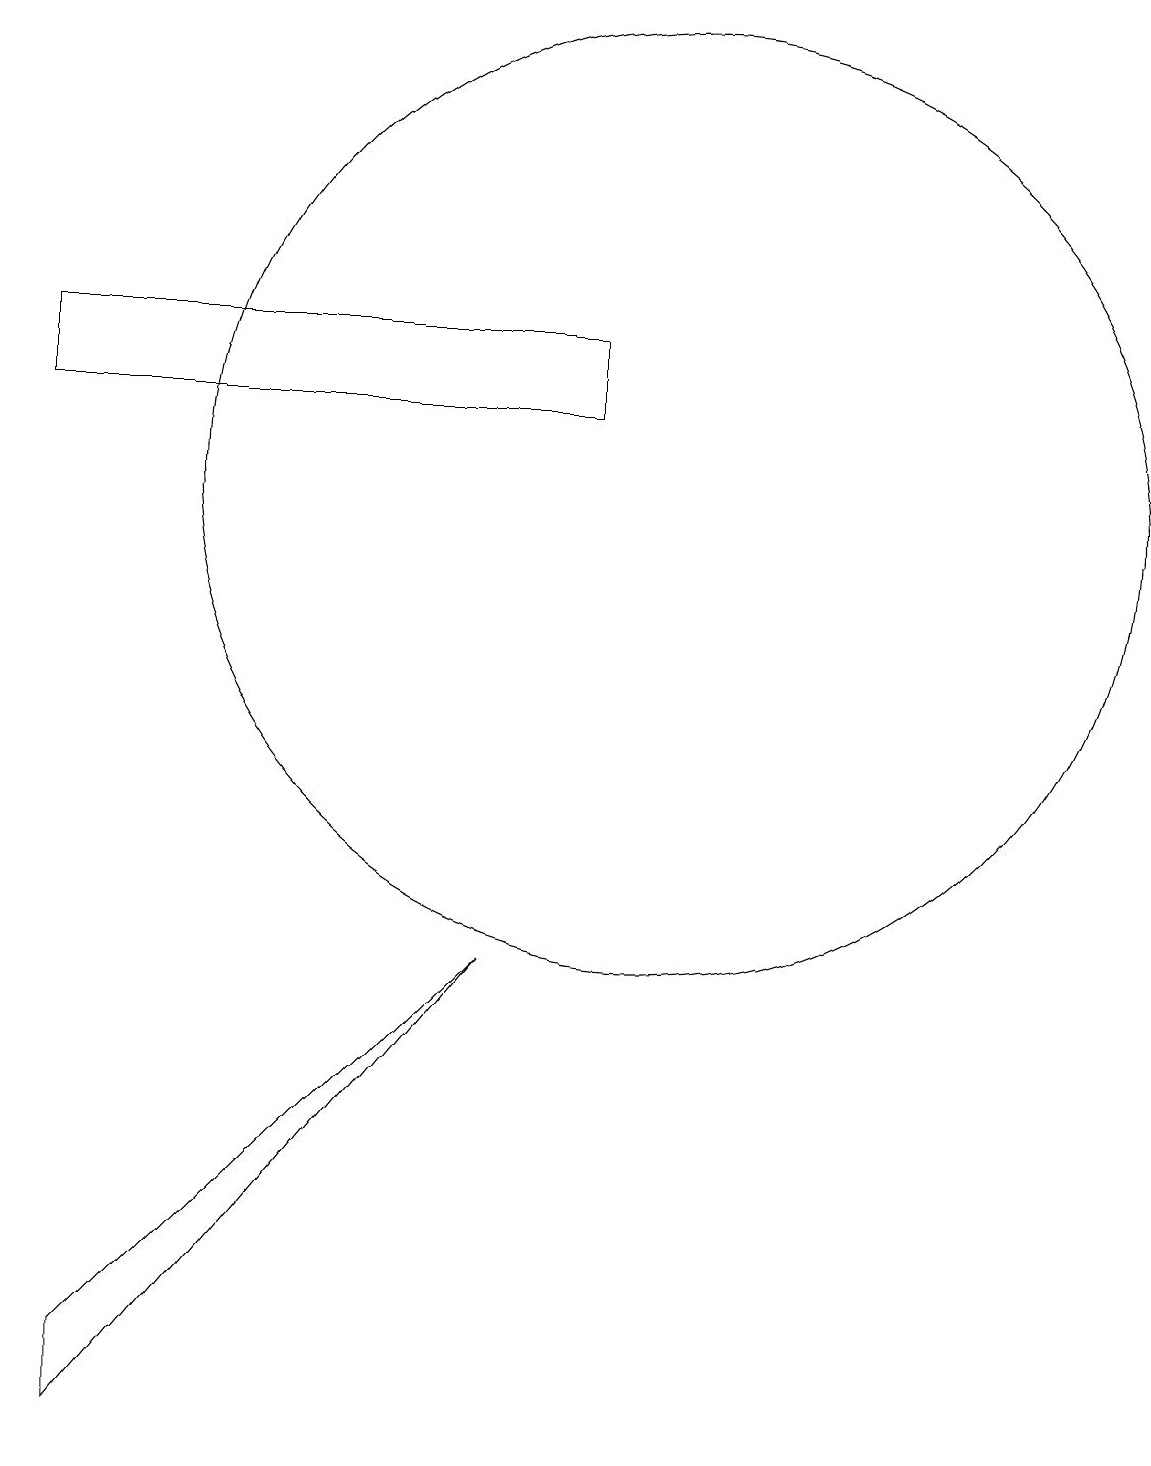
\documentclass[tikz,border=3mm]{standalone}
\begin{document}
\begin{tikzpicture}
\draw (12,12) circle (0);
\draw (10,12) circle (6);
\draw (3,0) -- (3,1) -- (8,6) -- cycle;
\draw (2,14) rectangle (9,13);
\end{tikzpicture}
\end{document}